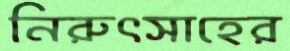
নিরুৎসাহের